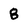
Character: 8